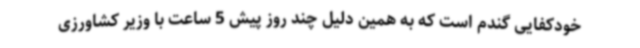
خودکفایی گندم است که به همین دلیل چند روز پیش 5 ساعت با وزیر کشاورزی